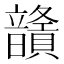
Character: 𩑅